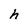
Character: h